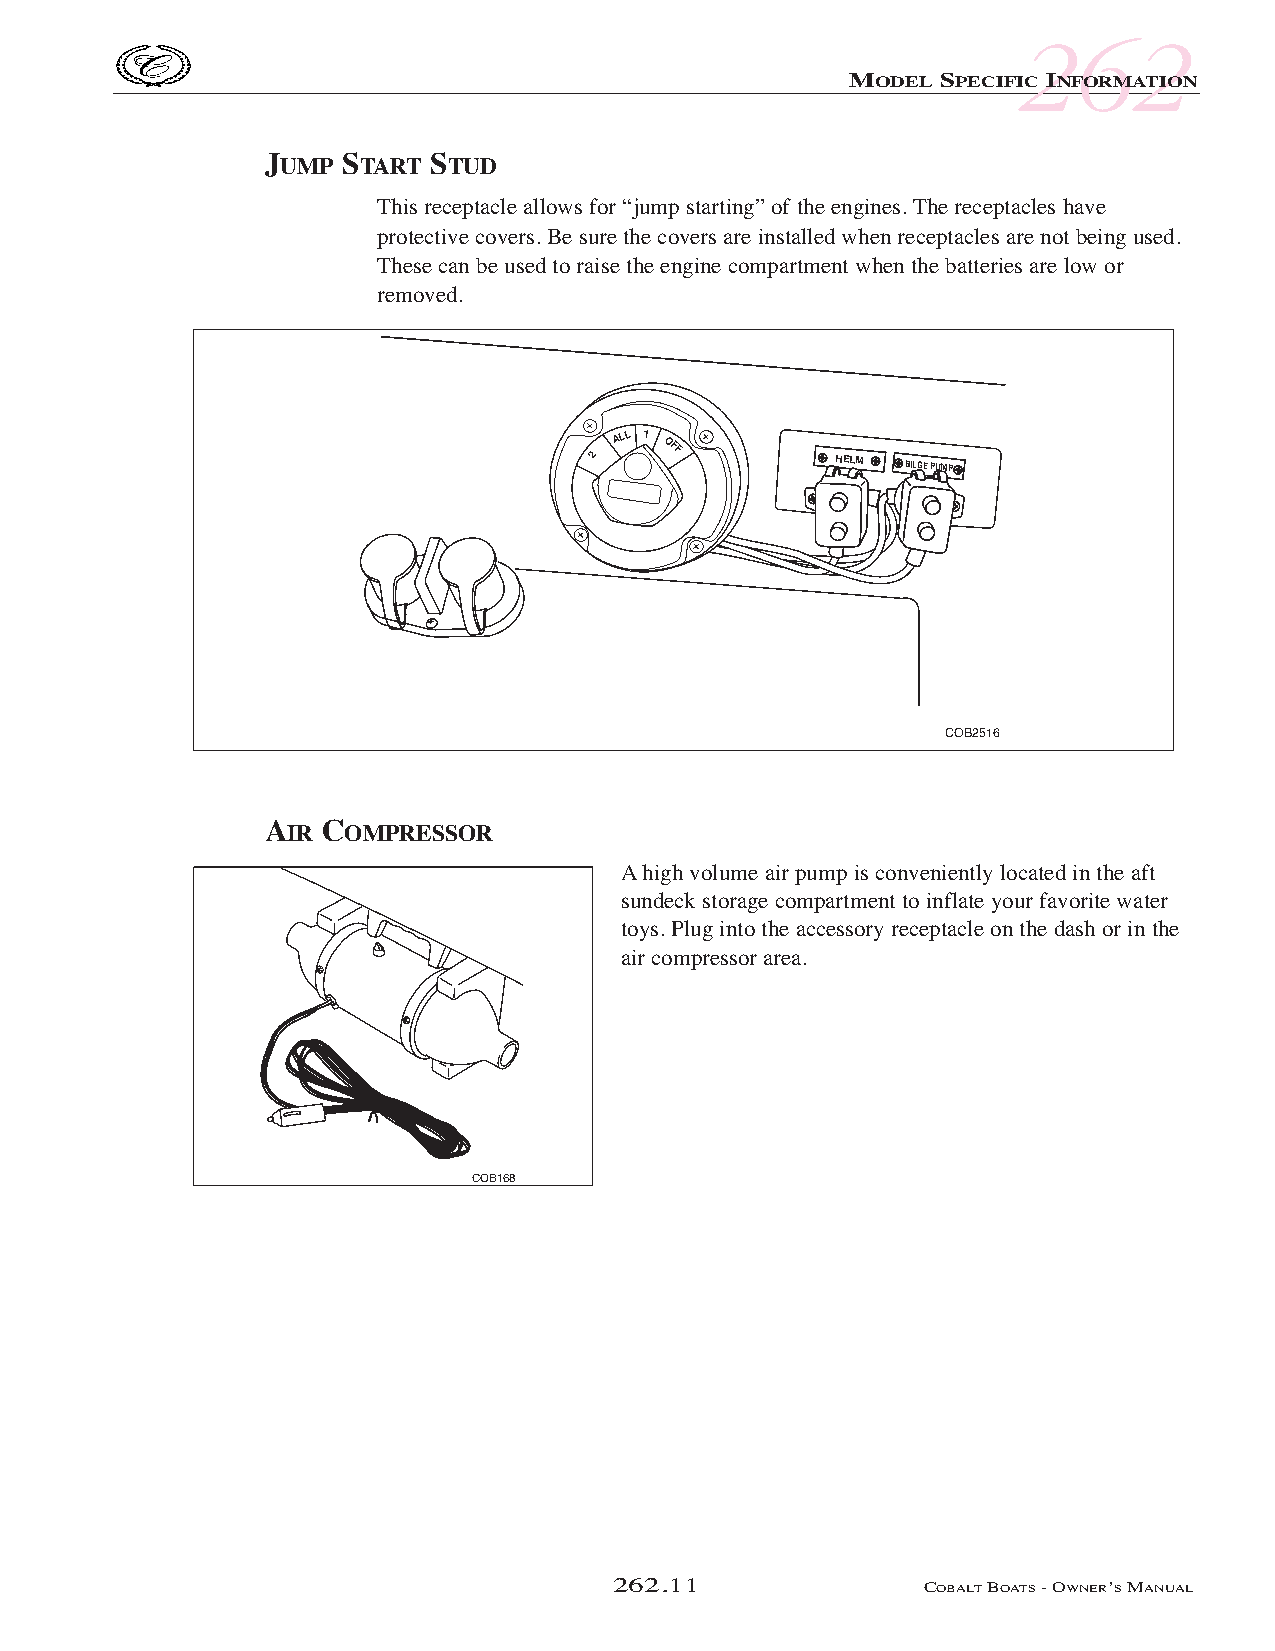
COB_05 Sect 262.qxd 3/18/05 9:28 AM Page 262.11
 262
 MODEL SPECIFIC INFORMATION
 JUMP START STUD
 This receptacle allows for “jump starting” of the engines. The receptacles have
 protective covers. Be sure the covers are installed when receptacles are not being used.
 These can be used to raise the engine compartment when the batteries are low or
 removed.
 2
 ALL 1
 OFF
 HELM BILGE PUMP
 COB2516
 AIR COMPRESSOR
 Ahigh volume air pump is conveniently located in the aft
 sundeck storage compartment to inflate your favorite water
 toys. Plug into the accessory receptacle on the dash or in the
 air compressor area.
 COB168
 262.11               COBALTBOATS- OWNER’SMANUAL